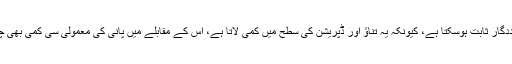
پانی مزاج کو خوشگوار بنانے میں بھی ممکنہ طور پر مددگار ثابت ہوسکتا ہے، کیونکہ یہ تناﺅ اور ڈپریشن کی سطح میں کمی لاتا ہے، اس کے مقابلے میں پانی کی معمولی سی کمی بھی چڑچڑاہت اور جسمانی توانائی میں کمی کا باعث بنتی ہے۔